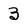
Character: 3